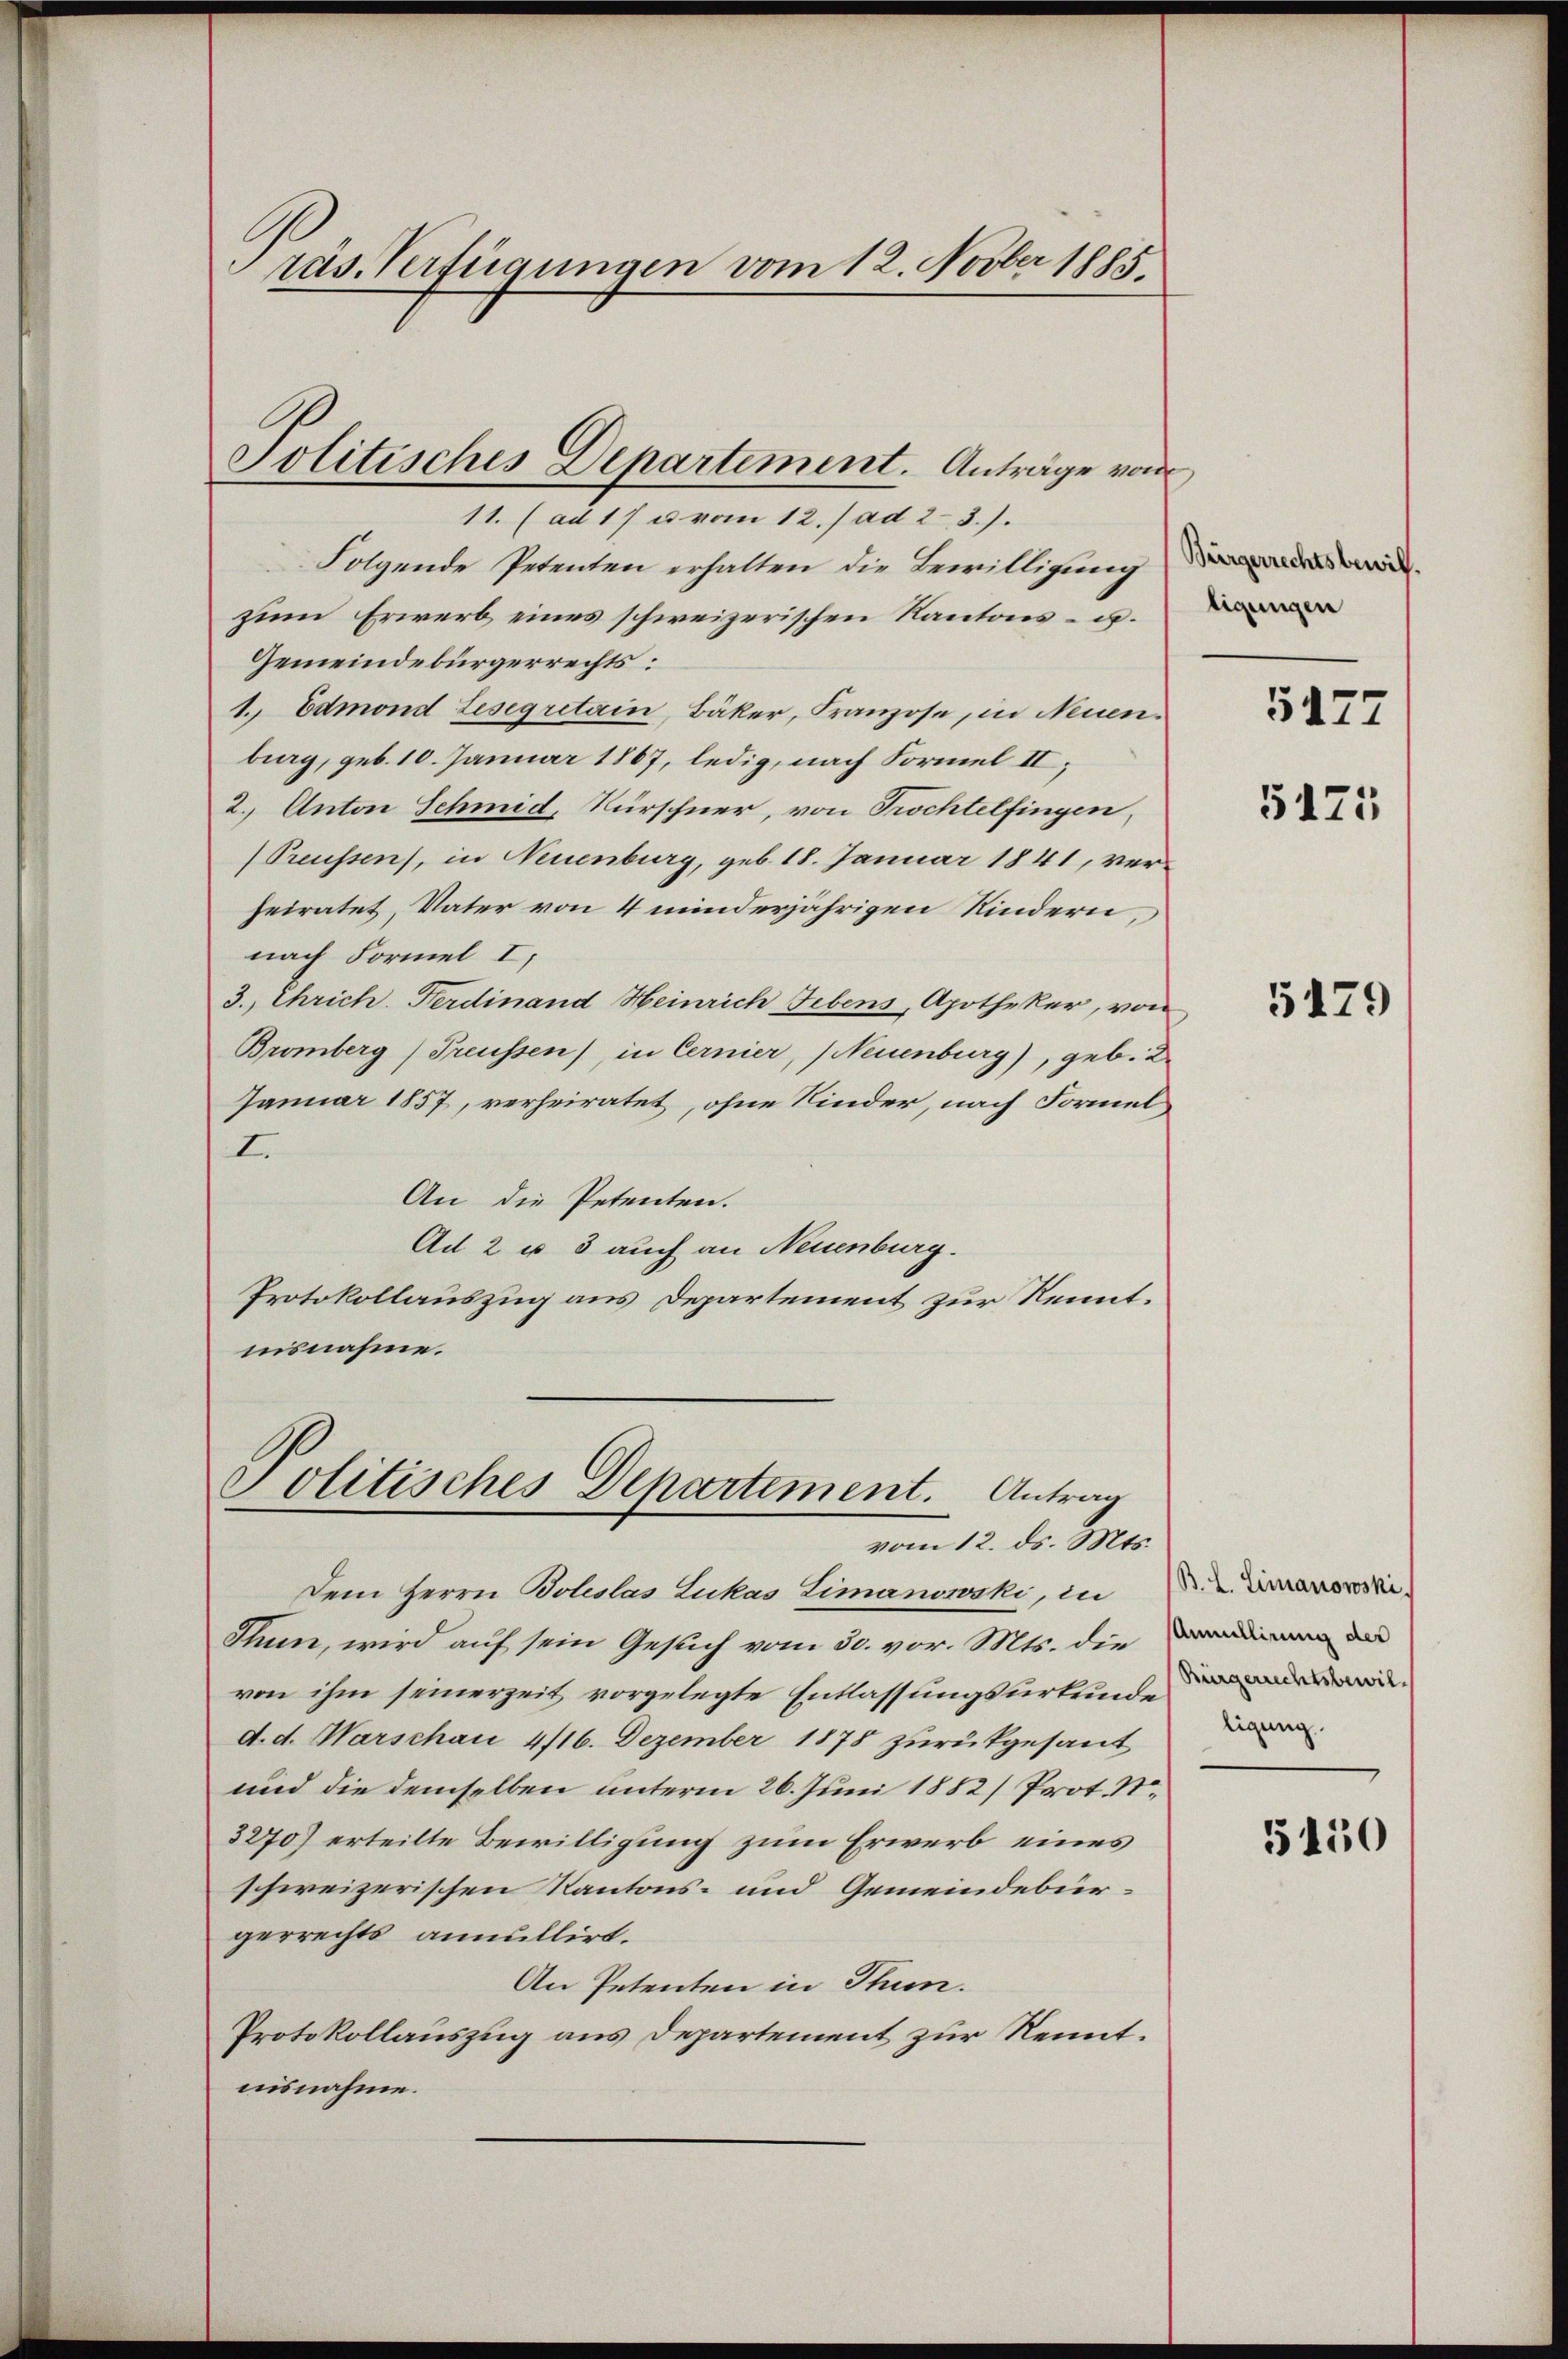
Folgende Petenten erhalten die Bewilligung
zum Erwerb eines schweizerischen Kantons- u.
Gemeindebürgerrechts:
1. Edmond Lesegretain, Bäker, Franzose, in Neuen
burg, geb. 10. Januar 1867, ledig, nach Formel II,
2. Anton Schmid, Kürschner, von Tochtelfingen,
(Preussen, in Neuenburg, geb. 18. Januar 1841, verheiratet, Vater von 4 minderjährigen Kindern,
nach Formel I,
3. Chrich. Ferdinand Heinrich Febens, Apotheker, von
Bromberg) Preussen), in Cernier, Neuenburg), geb. 2.
Januar 1857, verheiratet, ohne Kinder, nach Formel
I.
An die Petenten.
Ad 2 u 3 auch an Neuenburg.
Protokollauszug aus Departement zur Kennt.
nisnahme.

räs. Verfügungen vom 12. Novber 1885.

Politisches Departement. Anträge von
11. (ad 17 u vom 12. / ad 2. 3.).

Politisches Departement. Antrag
vom 12. ds. Mts.

Dem Herrn Boleslas Lukas Limanowski, in
Thun, wird auf sein Gesuch vom 30. vor. Mts. die
von ihm seinerzeit vorgelegte Entlassungsurkunde
d. d. Warschau 4/16. Dezember 1878 zurückgesant
und die demselben unterm 26. Juni 1882) Prot. N
3270) erteilte Bewilligung zum Erwerb eines
schweizerischen Kantons- und Gemeindebürgerrechts annullirt.
An Petenten in Thun.
Protokollauszug aus Departement zur Kenntnisnahme.

Bürgerrechtsbewill.
tigungen
5475

5179

B. L. Limanowski.
ligung

5450